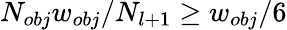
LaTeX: N_{obj}w_{obj}/N_{l+1}\ge w_{obj}/6